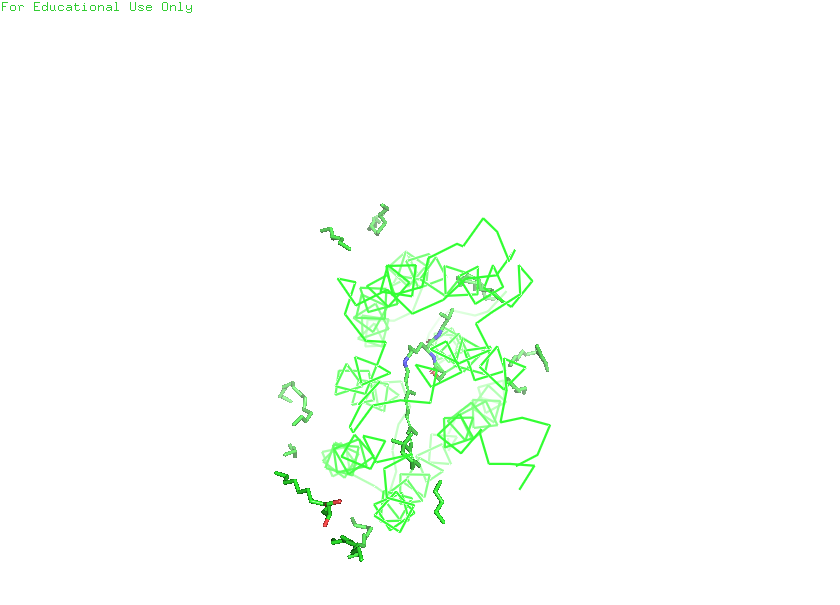
pymol, preset, simple_no_solv